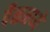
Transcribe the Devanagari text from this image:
पैनमध्ये